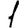
Digit: 1